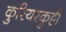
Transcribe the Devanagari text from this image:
कुरियरकुट्टी